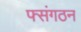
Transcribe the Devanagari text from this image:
फ्संगठन